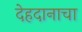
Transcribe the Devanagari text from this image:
देहदानाचा